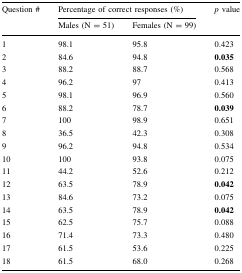
<table><thead><tr><td rowspan="2"><b>Question #</b></td><td colspan="2"><b>Percentage of correct responses (%)</b></td><td rowspan="2"><b><i>p</i> value</b></td></tr><tr><td><b>Males (N = 51)</b></td><td><b>Females (N = 99)</b></td></tr></thead><tbody><tr><td>1</td><td>98.1</td><td>95.8</td><td>0.423</td></tr><tr><td>2</td><td>84.6</td><td>94.8</td><td><b>0.035</b></td></tr><tr><td>3</td><td>88.2</td><td>88.7</td><td>0.568</td></tr><tr><td>4</td><td>96.2</td><td>97</td><td>0.413</td></tr><tr><td>5</td><td>98.1</td><td>96.9</td><td>0.560</td></tr><tr><td>6</td><td>88.2</td><td>78.7</td><td><b>0.039</b></td></tr><tr><td>7</td><td>100</td><td>98.9</td><td>0.651</td></tr><tr><td>8</td><td>36.5</td><td>42.3</td><td>0.308</td></tr><tr><td>9</td><td>96.2</td><td>94.8</td><td>0.534</td></tr><tr><td>10</td><td>100</td><td>93.8</td><td>0.075</td></tr><tr><td>11</td><td>44.2</td><td>52.6</td><td>0.212</td></tr><tr><td>12</td><td>63.5</td><td>78.9</td><td><b>0.042</b></td></tr><tr><td>13</td><td>84.6</td><td>73.2</td><td>0.075</td></tr><tr><td>14</td><td>63.5</td><td>78.9</td><td><b>0.042</b></td></tr><tr><td>15</td><td>62.5</td><td>75.7</td><td>0.088</td></tr><tr><td>16</td><td>71.4</td><td>73.3</td><td>0.480</td></tr><tr><td>17</td><td>61.5</td><td>53.6</td><td>0.225</td></tr><tr><td>18</td><td>61.5</td><td>68.0</td><td>0.268</td></tr></tbody></table>